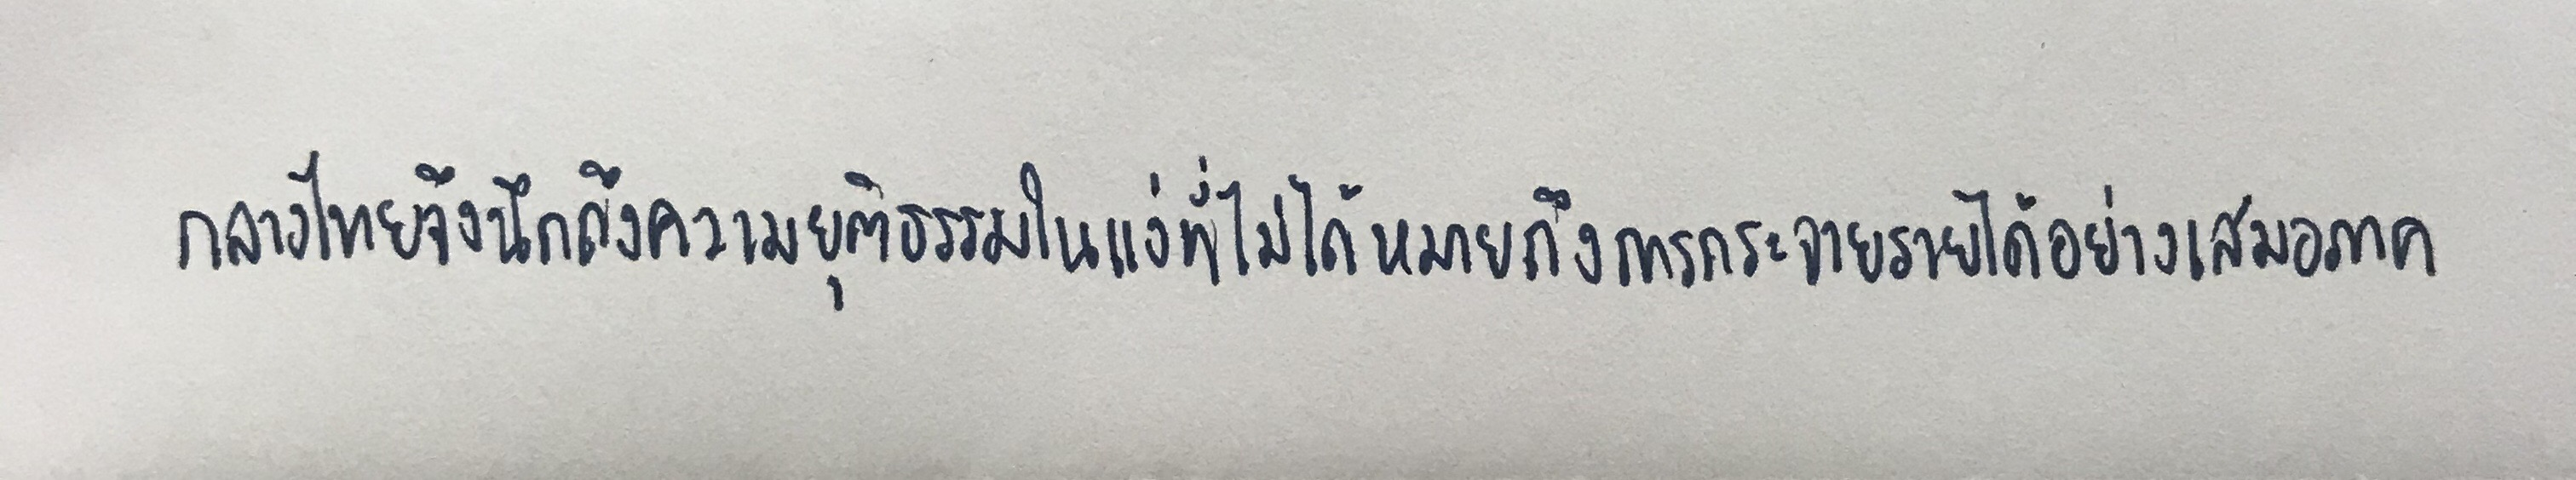
กลางไทยจึงนึกถึงความยุติธรรมในแง่ที่ไม่ได้หมายถึงการกระจายรายได้อย่างเสมอภาค